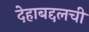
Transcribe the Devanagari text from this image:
देहाबद्दलची